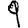
Digit: 9